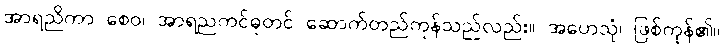
အာရညိကာ စေဝ၊ အာရညကင်ဓုတင် ဆောက်တည်ကုန်သည်လည်း။ အဟေသုံ၊ ဖြစ်ကုန်၏။